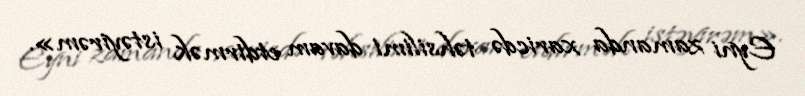
Eyni zamanda xaricdə təhsilimi davam etdirmək istəyirəm».